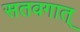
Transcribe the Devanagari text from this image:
सतवगात्